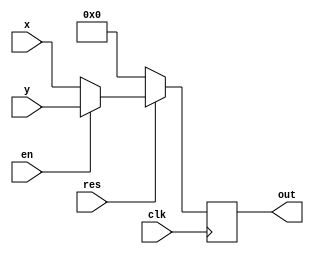
`timescale 1ns / 1ps
//////////////////////////////////////////////////////////////////////////////////
// Company: 
// Engineer: 
// 
// Design Name: 
// Module Name: Mux_3
// Project Name: 
// Target Devices: 
// Tool Versions: 
// Description: 
// 
// Dependencies: 
// 
// Revision:
// Revision 0.01 - File Created
// Additional Comments:
// 
//////////////////////////////////////////////////////////////////////////////////


module Mux_3 (clk, res, x, y, en, out);
    input clk, res, en;
    input [31:0] x, y;
    output reg [31:0] out;
    
    always @(posedge clk) begin
      begin
      if(en)
        out = y;
      else
        out = x;
      end
      begin
      if(!res)
        out = 0;
      end
    end
endmodule